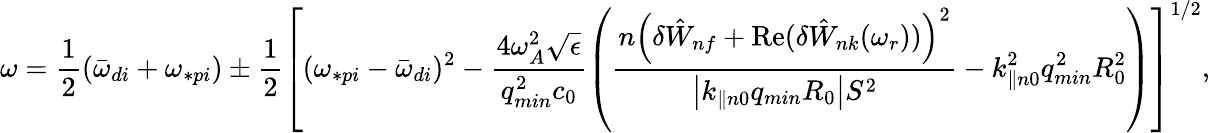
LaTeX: \omega=\frac{1}{2}({\bar{\omega}}_{di}+\omega_{\ast pi})\pm\frac{1}{2}\left[(\omega_{\ast pi}-{\bar{\omega}}_{di})^{2}-\frac{4\omega_{A}^{2}\sqrt{\epsilon}}{q_{min}^{2}c_{0}}\left(\frac{n\left(\delta{\hat{W}}_{nf}+\mathrm{Re}({\delta{\hat{W}}_{nk}(\omega_{r}))}\right)^{2}}{\left|k_{\parallel n0}q_{min}R_{0}\right|S^{2}}-k_{\parallel n0}^{2}q_{min}^{2}R_{0}^{2}\right)\right]^{1/2},